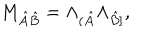
M _ { \hat { A } \hat { B } } = \Lambda _ { ( \hat { A } } \Lambda _ { \hat { B } ] } ,